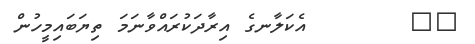
١٦       އެކަލާނގެ އިރާދަކުރައްވާނަމަ ތިޔަބައިމީހުން